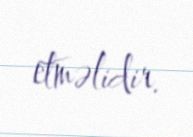
etməlidir.